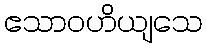
ဧသာဝဟိယျသေ